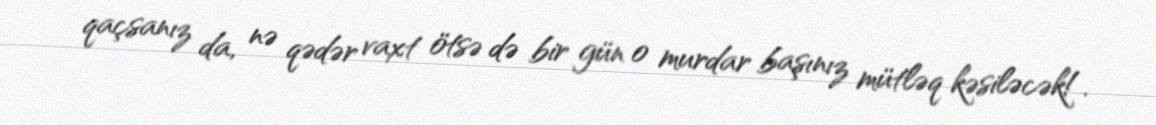
qaçsanız da, nə qədər vaxt ötsə də bir gün o murdar başınız mütləq kəsiləcək!.